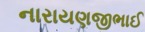
નારાયણજીભાઈ